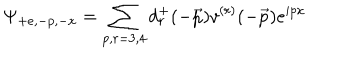
\Psi _ { + e , - p , - x } = \sum _ { p , r = 3 , 4 } d _ { r } ^ { + } ( - \vec { p } ) v ^ { ( r ) } ( - \vec { p } ) e ^ { i p x }